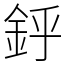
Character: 䤣